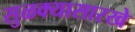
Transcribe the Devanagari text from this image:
सुळक्यासारखे